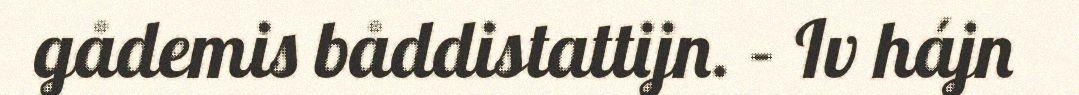
gådemis båddistattijn. – Iv hájn